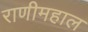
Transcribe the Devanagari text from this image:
राणीमहाल